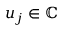
u _ { j } \in \mathbb { C }